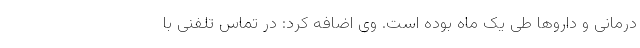
درمانی و داروها طی یک ماه بوده است. وی اضافه کرد: در تماس تلفنی با